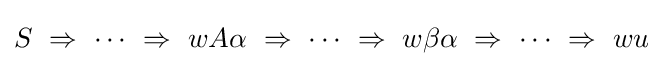
S\ \Rightarrow \ \cdots \ \Rightarrow \ wA\alpha \ \Rightarrow \ \cdots \ \Rightarrow \ w\beta \alpha \ \Rightarrow \ \cdots \ \Rightarrow \ wu